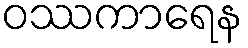
ဝဿကာရေန